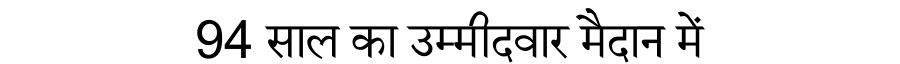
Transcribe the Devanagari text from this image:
94 साल का उम्मीदवार मैदान में